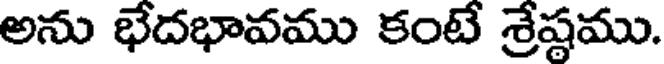
అను భేదభావము కంటే శ్రేష్ఠము.